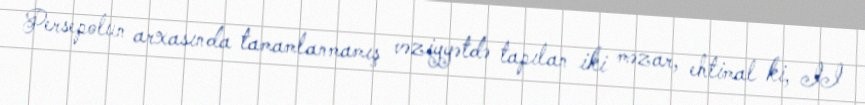
Persepolun arxasında tamamlanmamış vəziyyətdə tapılan iki məzar, ehtimal ki, II